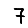
Digit: 7